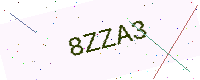
Text: 8ZZA3